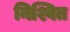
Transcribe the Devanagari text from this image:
निश्वित